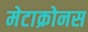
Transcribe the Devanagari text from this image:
मेटाक्रोनस